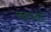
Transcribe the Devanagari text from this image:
पावरप्लांटों